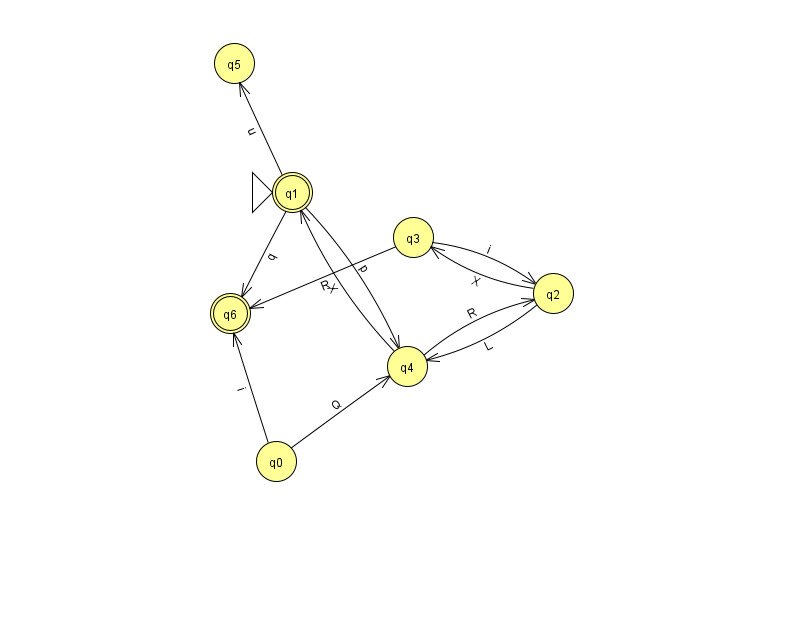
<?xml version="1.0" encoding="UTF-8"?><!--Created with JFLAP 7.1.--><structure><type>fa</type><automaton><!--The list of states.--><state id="0" name="q0"><x>276.0</x><y>448.0</y></state><state id="1" name="q1"><x>292.0</x><y>179.0</y><initial/><final/></state><state id="2" name="q2"><x>553.0</x><y>280.0</y></state><state id="3" name="q3"><x>413.0</x><y>224.0</y></state><state id="4" name="q4"><x>407.0</x><y>353.0</y></state><state id="5" name="q5"><x>234.0</x><y>50.0</y></state><state id="6" name="q6"><x>230.0</x><y>300.0</y><final/></state><!--The list of transitions.--><transition><from>2</from><to>4</to><read>L</read></transition><transition><from>3</from><to>2</to><read>i</read></transition><transition><from>2</from><to>3</to><read>X</read></transition><transition><from>0</from><to>6</to><read>i</read></transition><transition><from>1</from><to>5</to><read>u</read></transition><transition><from>1</from><to>6</to><read>q</read></transition><transition><from>0</from><to>4</to><read>Q</read></transition><transition><from>4</from><to>1</to><read>X</read></transition><transition><from>3</from><to>6</to><read>R</read></transition><transition><from>1</from><to>4</to><read>p</read></transition><transition><from>4</from><to>2</to><read>R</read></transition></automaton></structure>